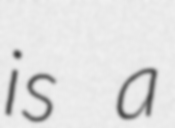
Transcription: is a